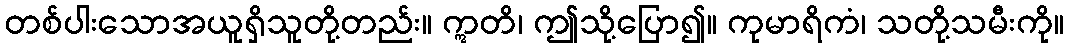
တစ်ပါးသောအယူရှိသူတို့တည်း။ ဣတိ၊ ဤသို့ပြော၍။ ကုမာရိကံ၊ သတို့သမီးကို။